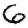
Digit: 6